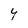
Character: 4